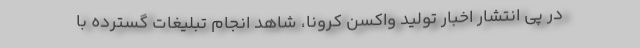
در پی انتشار اخبار تولید واکسن کرونا، شاهد انجام تبلیغات گسترده با